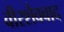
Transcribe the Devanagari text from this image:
वीरशैववाद